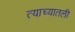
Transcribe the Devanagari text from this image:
त्याच्यातली